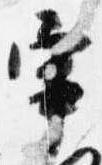
宰